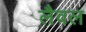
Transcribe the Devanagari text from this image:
लैवल